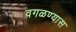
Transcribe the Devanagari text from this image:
वगळण्यास